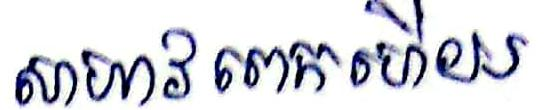
សាហាវពេកហើយ